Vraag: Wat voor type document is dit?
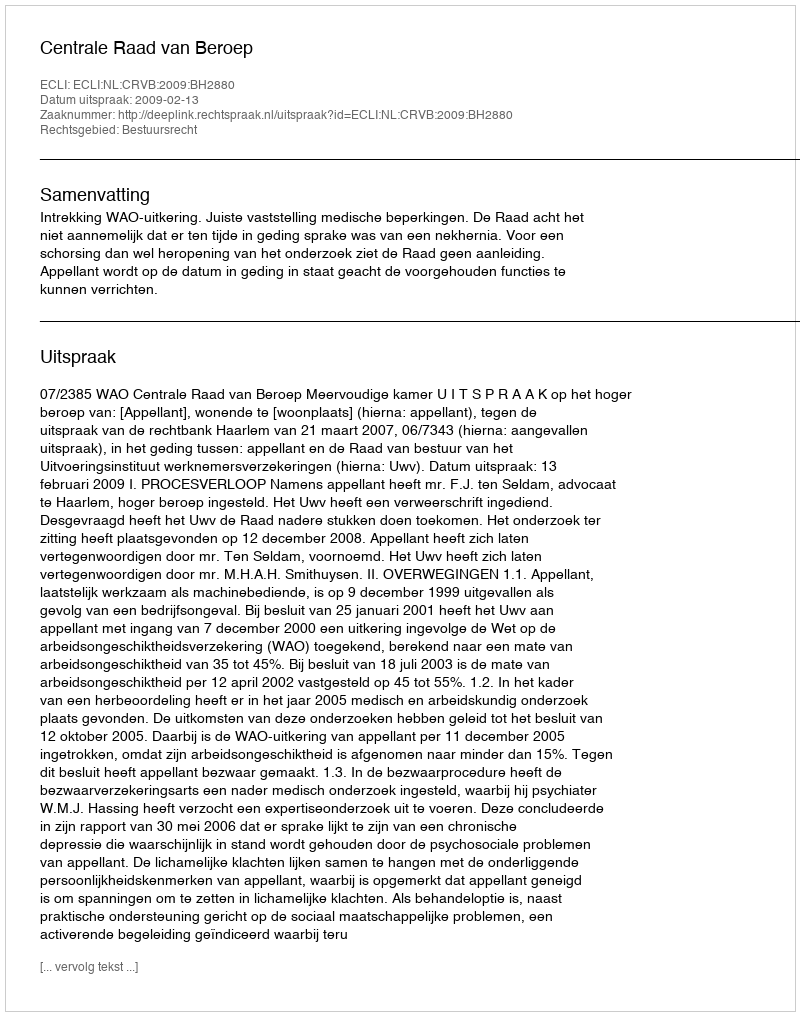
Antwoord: Uitspraak